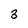
Character: 3